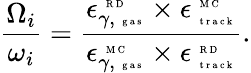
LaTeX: \frac{{\Omega}_{i}}{\omega_{i}}=\frac{\epsilon_{\gamma,\mathrm{~\tiny~g~a~s~}}^{\mathrm{~\tiny~R~D~}}\times\epsilon_{\mathrm{~\tiny~t~r~a~c~k~}}^{\mathrm{~\tiny~M~C~}}}{\epsilon_{\gamma,\mathrm{~\tiny~g~a~s~}}^{\mathrm{~\tiny~M~C~}}\times\epsilon_{\mathrm{~\tiny~t~r~a~c~k~}}^{\mathrm{~\tiny~R~D~}}}.